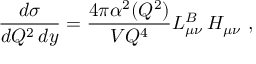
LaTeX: \frac { d \sigma } { d Q ^ { 2 } \, d y } = \frac { 4 \pi \alpha ^ { 2 } ( Q ^ { 2 } ) } { V Q ^ { 4 } } L _ { \mu \nu } ^ { B } \, H _ { \mu \nu } \ ,